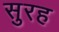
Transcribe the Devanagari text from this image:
सुरह